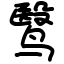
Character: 鹥